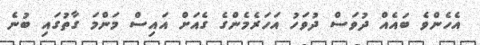
އެހެންވެ ބައެއް ދުވަސް ދުވަހު އަހަރެމެންގެ ގެއަށް އައިސް މަންމަ ގާތުގައި ބުނެ